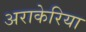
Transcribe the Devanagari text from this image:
अराकेरिया